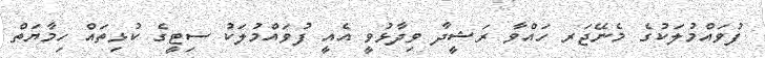
ފުވައްމުލަކުގެ މެނޭޖަރ ހައްވާ ރަޝީދާ ވިދާޅުވީ އެއީ ފުވައްމުލަކު ސިޓީގެ ކުޅިތަައް ހިމާޔަތް